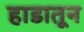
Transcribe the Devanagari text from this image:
हाडातून